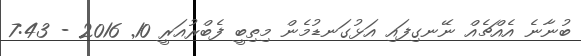
ބުނާނެ އެއްޗެއް ނޭނގިފައި އަޅުގަނޑުމެން މިތިބީ ފެބްރުއަރީ 10